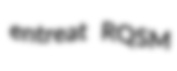
entreat RQSM